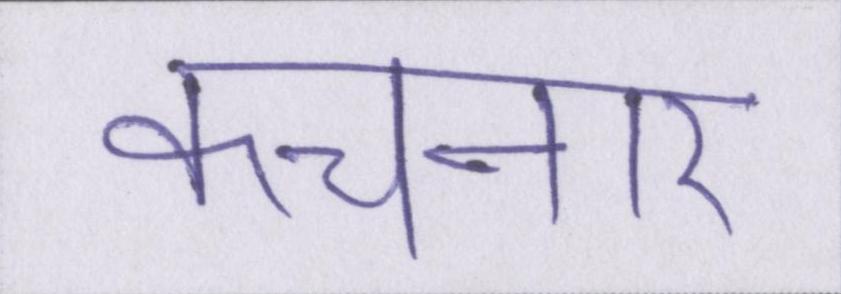
कचनार